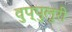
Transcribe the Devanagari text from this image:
वुप्पुलुरी